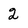
Character: 2